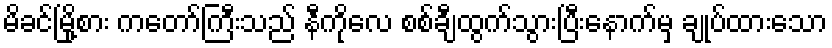
မိခင်မြို့စား ကတော်ကြီးသည် နီကိုလေ စစ်ချီထွက်သွားပြီးနောက်မှ ချုပ်ထားသော